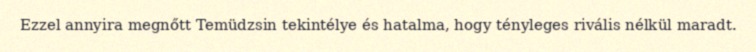
Ezzel annyira megnőtt Temüdzsin tekintélye és hatalma, hogy tényleges rivális nélkül maradt.